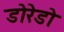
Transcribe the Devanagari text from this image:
डोरेडो